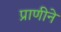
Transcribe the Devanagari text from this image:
प्राणीने